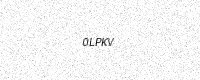
Text: 0LPKV